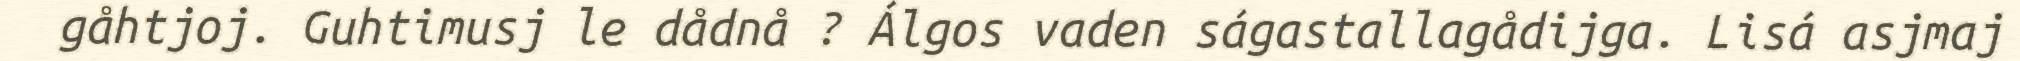
gåhtjoj. Guhtimusj le dådnå ? Álgos vaden ságastallagådijga. Lisá asjmaj